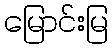
မြောင်းမြ